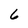
Character: 6